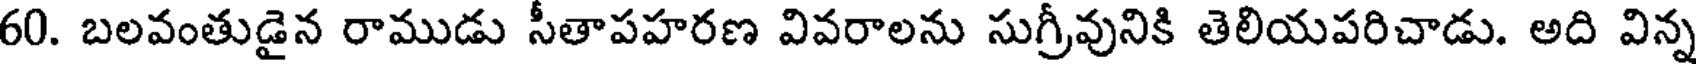
60. బలవంతుడైన రాముడు సీతాపహరణ వివరాలను సుగ్రీవునికి తెలియపరిచాడు. అది విన్న